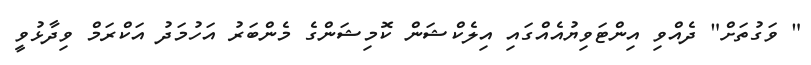
" ވަގުތަށް" ދެއްވި އިންޓަވިޔުއެއްގައި އިލެކްޝަން ކޮމިޝަންގެ މެންބަރު އަހުމަދު އަކްރަމް ވިދާޅުވީ